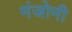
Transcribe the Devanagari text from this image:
मंजोनी